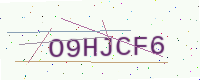
Text: O9HJCF6